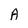
Character: A